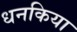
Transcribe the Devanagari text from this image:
धनकिया